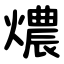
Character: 燶